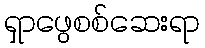
ရှာဖွေစစ်ဆေးရာ